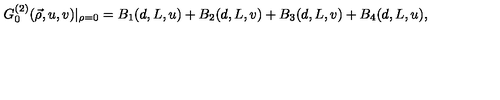
G _ { 0 } ^ { ( 2 ) } ( \vec { \rho } , u , v ) | _ { \rho = 0 } = B _ { 1 } ( d , L , u ) + B _ { 2 } ( d , L , v ) + B _ { 3 } ( d , L , v ) + B _ { 4 } ( d , L , u ) ,